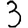
Digit: 3